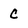
Character: c